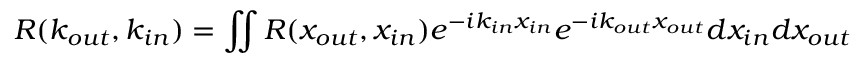
R ( k _ { o u t } , k _ { i n } ) = \iint { R ( x _ { o u t } , x _ { i n } ) e ^ { - i k _ { i n } x _ { i n } } e ^ { - i k _ { o u t } x _ { o u t } } d x _ { i n } d x _ { o u t } }